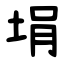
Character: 埍